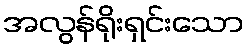
အလွန်ရိုးရှင်းသော